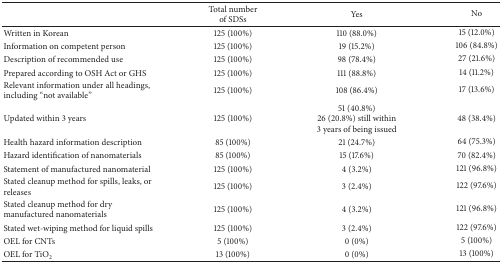
<table><thead><tr><td><b> </b></td><td><b>Total number of SDSs</b></td><td><b>Yes</b></td><td><b>No</b></td></tr></thead><tbody><tr><td>Written in Korean</td><td>125 (100%)</td><td>110 (88.0%)</td><td>15 (12.0%)</td></tr><tr><td>Information on competent person </td><td>125 (100%)</td><td>19 (15.2%)</td><td>106 (84.8%)</td></tr><tr><td>Description of recommended use</td><td>125 (100%)</td><td>98 (78.4%)</td><td>27 (21.6%)</td></tr><tr><td>Prepared according to OSH Act or GHS</td><td>125 (100%)</td><td>111 (88.8%)</td><td>14 (11.2%)</td></tr><tr><td>Relevant information under all headings, including “not available”</td><td>125 (100%)</td><td>108 (86.4%)</td><td>17 (13.6%)</td></tr><tr><td>Updated within 3 years</td><td>125 (100%)</td><td>51 (40.8%)26 (20.8%) still within 3 years of being issued</td><td>48 (38.4%)</td></tr><tr><td>Health hazard information description</td><td>85 (100%)</td><td>21 (24.7%)</td><td>64 (75.3%)</td></tr><tr><td>Hazard identification of nanomaterials</td><td>85 (100%)</td><td>15 (17.6%)</td><td>70 (82.4%)</td></tr><tr><td>Statement of manufactured nanomaterial</td><td>125 (100%)</td><td>4 (3.2%)</td><td>121 (96.8%)</td></tr><tr><td>Stated cleanup method for spills, leaks, or releases </td><td>125 (100%)</td><td>3 (2.4%)</td><td>122 (97.6%)</td></tr><tr><td>Stated cleanup method for dry manufactured nanomaterials </td><td>125 (100%)</td><td>4 (3.2%)</td><td>121 (96.8%)</td></tr><tr><td>Stated wet-wiping method for liquid spills </td><td>125 (100%)</td><td>3 (2.4%)</td><td>122 (97.6%)</td></tr><tr><td>OEL for CNTs</td><td>5 (100%)</td><td>0 (0%)</td><td>5 (100%)</td></tr><tr><td>OEL for TiO<sub>2</sub></td><td>13 (100%)</td><td>0 (0%)</td><td>13 (100%)</td></tr></tbody></table>